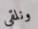
ونلقي